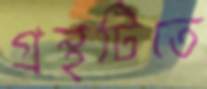
গ্রন্থটিতে